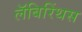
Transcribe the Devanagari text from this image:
लॅबिरिंथस